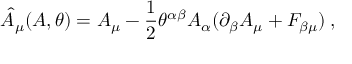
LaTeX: \hat { A } _ { \mu } ( A , \theta ) = A _ { \mu } - \frac { 1 } { 2 } \theta ^ { \alpha \beta } A _ { \alpha } ( \partial _ { \beta } A _ { \mu } + F _ { \beta \mu } ) \; ,